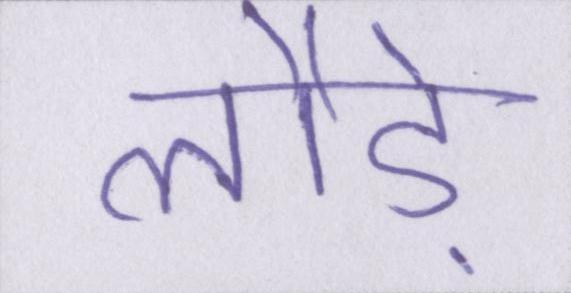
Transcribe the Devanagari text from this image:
लौड़े